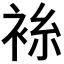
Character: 𫋼